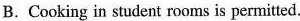
B. Cooking in student rooms is permitted.